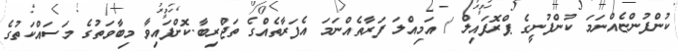
ކުންފުންޏެއްނަމަ ކުންފުނީގެ ޕްރޮފައިލް / އަމިއްލަ ފަރާތެއްނަމަ އެފަރާތެއްގެ ތަޖްރިބާ.ކޮށްފައިވާ މިބާވަތުގެ މަސައްކަތުގެ